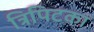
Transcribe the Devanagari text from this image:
त्रिपिटका